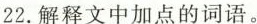
22.解释文中加点的词语。